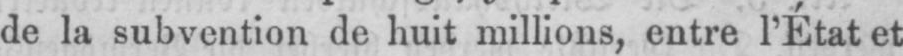
de la subvention de huit millions, entre l’État et